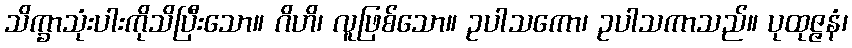
သိက္ခာသုံးပါးကိုသိပြီးသော။ ဂိဟိ၊ လူဖြစ်သော။ ဥပါသကော၊ ဥပါသကာသည်။ ပုထုဇ္ဇနံ၊